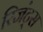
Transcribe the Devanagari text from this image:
रिजंट्स